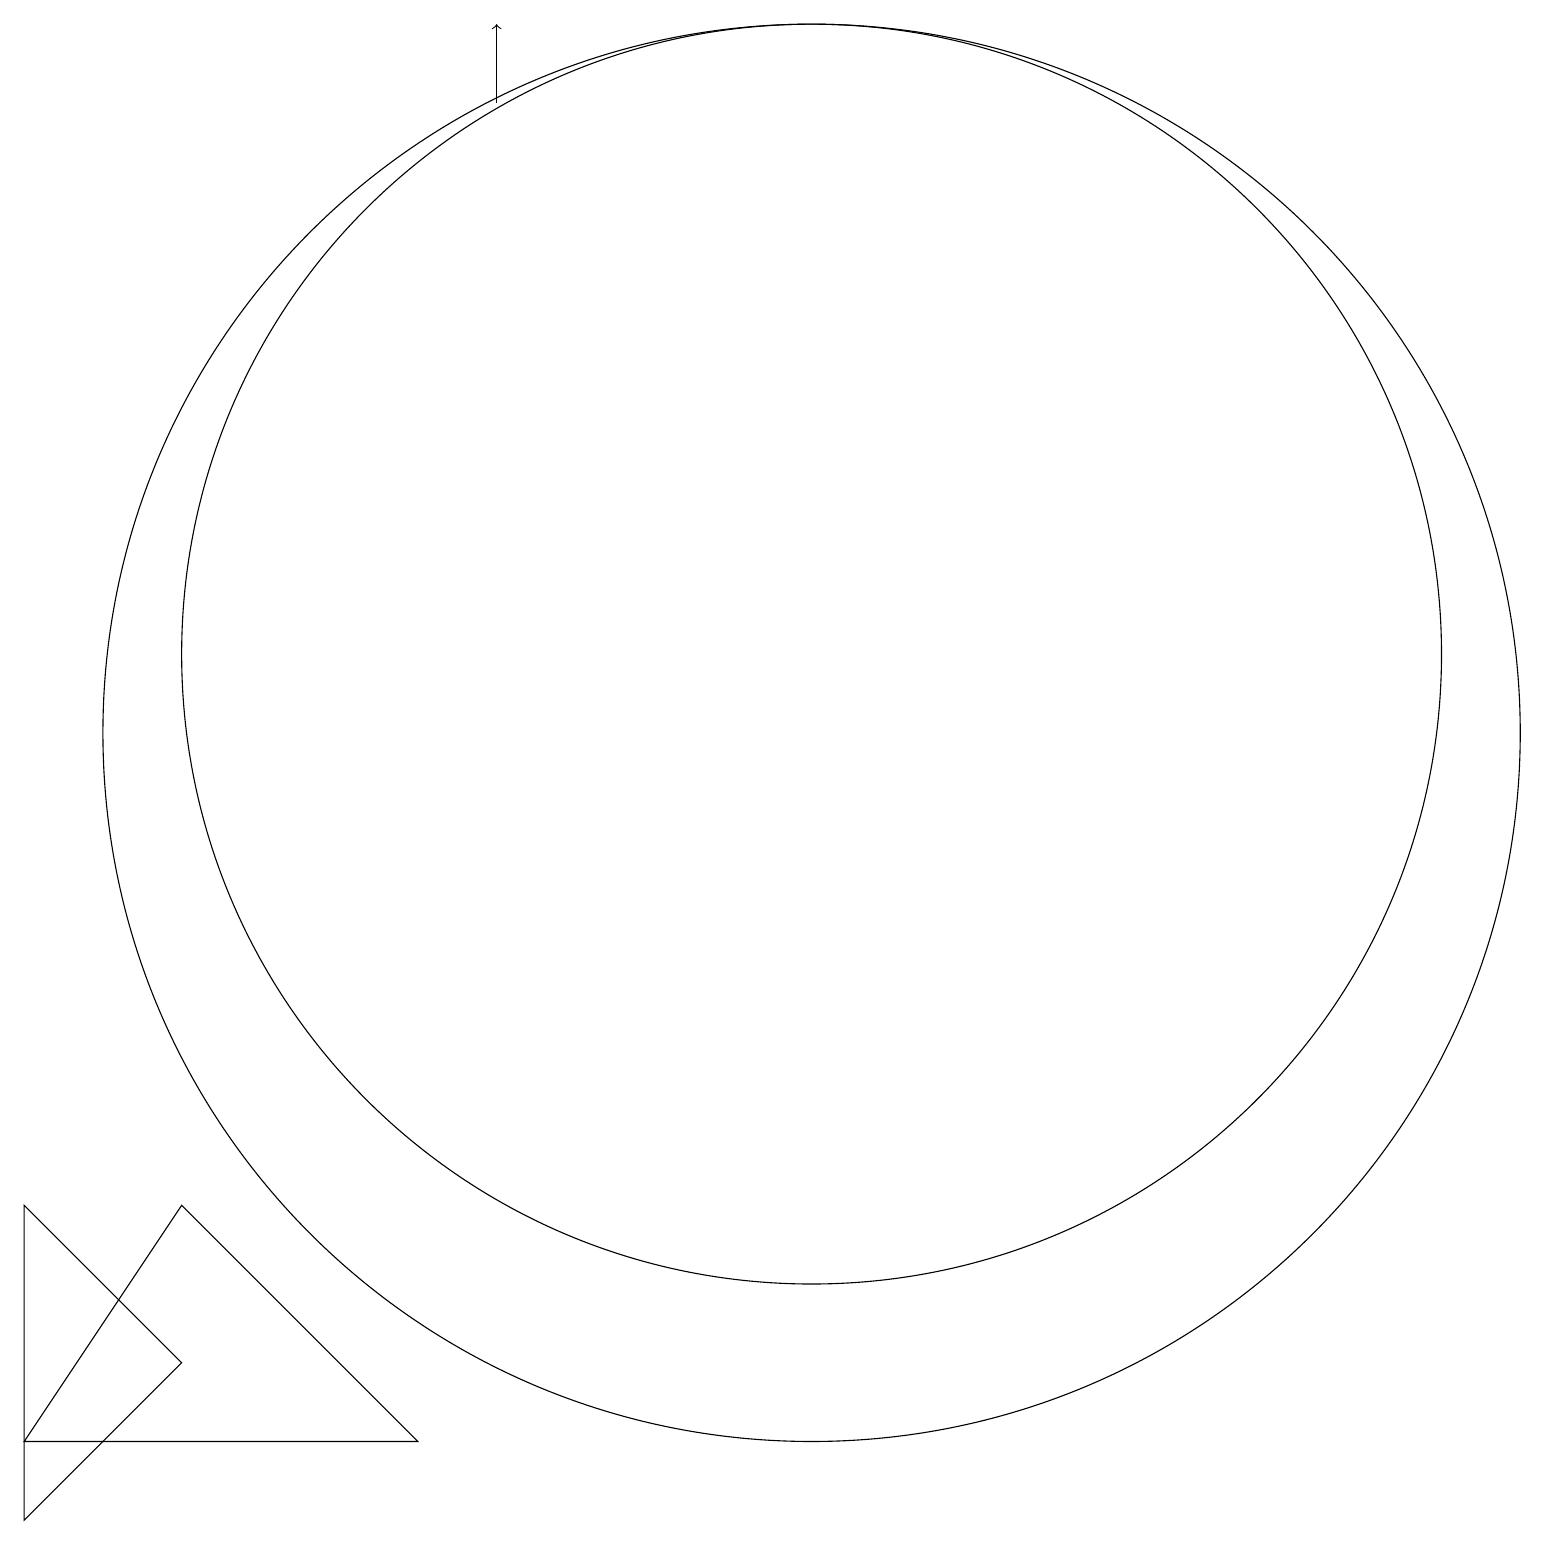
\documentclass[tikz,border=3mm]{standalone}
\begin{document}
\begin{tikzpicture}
\draw (10,10) circle (9);
\draw[->] (6,18) -- (6,19);
\draw (10,11) circle (8);
\draw (2,2) -- (0,0) -- (0,4) -- cycle;
\draw (2,4) -- (0,1) -- (5,1) -- cycle;
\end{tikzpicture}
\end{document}